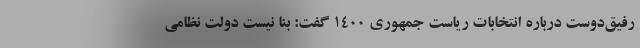
رفیق‌دوست درباره انتخابات ریاست جمهوری ۱۴۰۰ گفت: بنا نیست دولت نظامی